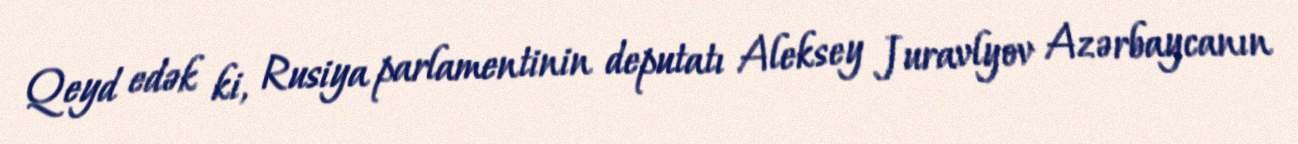
Qeyd edək ki, Rusiya parlamentinin deputatı Aleksey Juravlyov Azərbaycanın